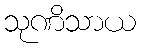
သုဏိသာယ